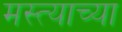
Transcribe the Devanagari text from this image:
मस्त्याच्या